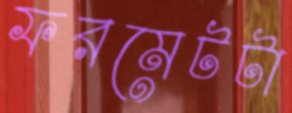
ফরমেটটা